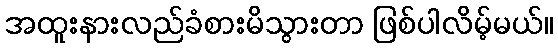
အထူးနားလည်ခံစားမိသွားတာ ဖြစ်ပါလိမ့်မယ်။